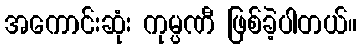
အကောင်းဆုံး ကုမ္ပဏီ ဖြစ်ခဲ့ပါတယ်။